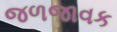
જળજાવક